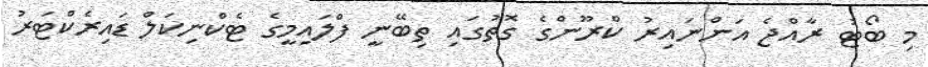
މި ބޯޓު ރާއްޖެ އަންނައިރު ކްރޫންގެ ގޮތުގައި ތިބޭނީ ފްލައިމީގެ ޓެކްނިކަލް ޑައިރެކްޓަރު